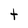
Character: t